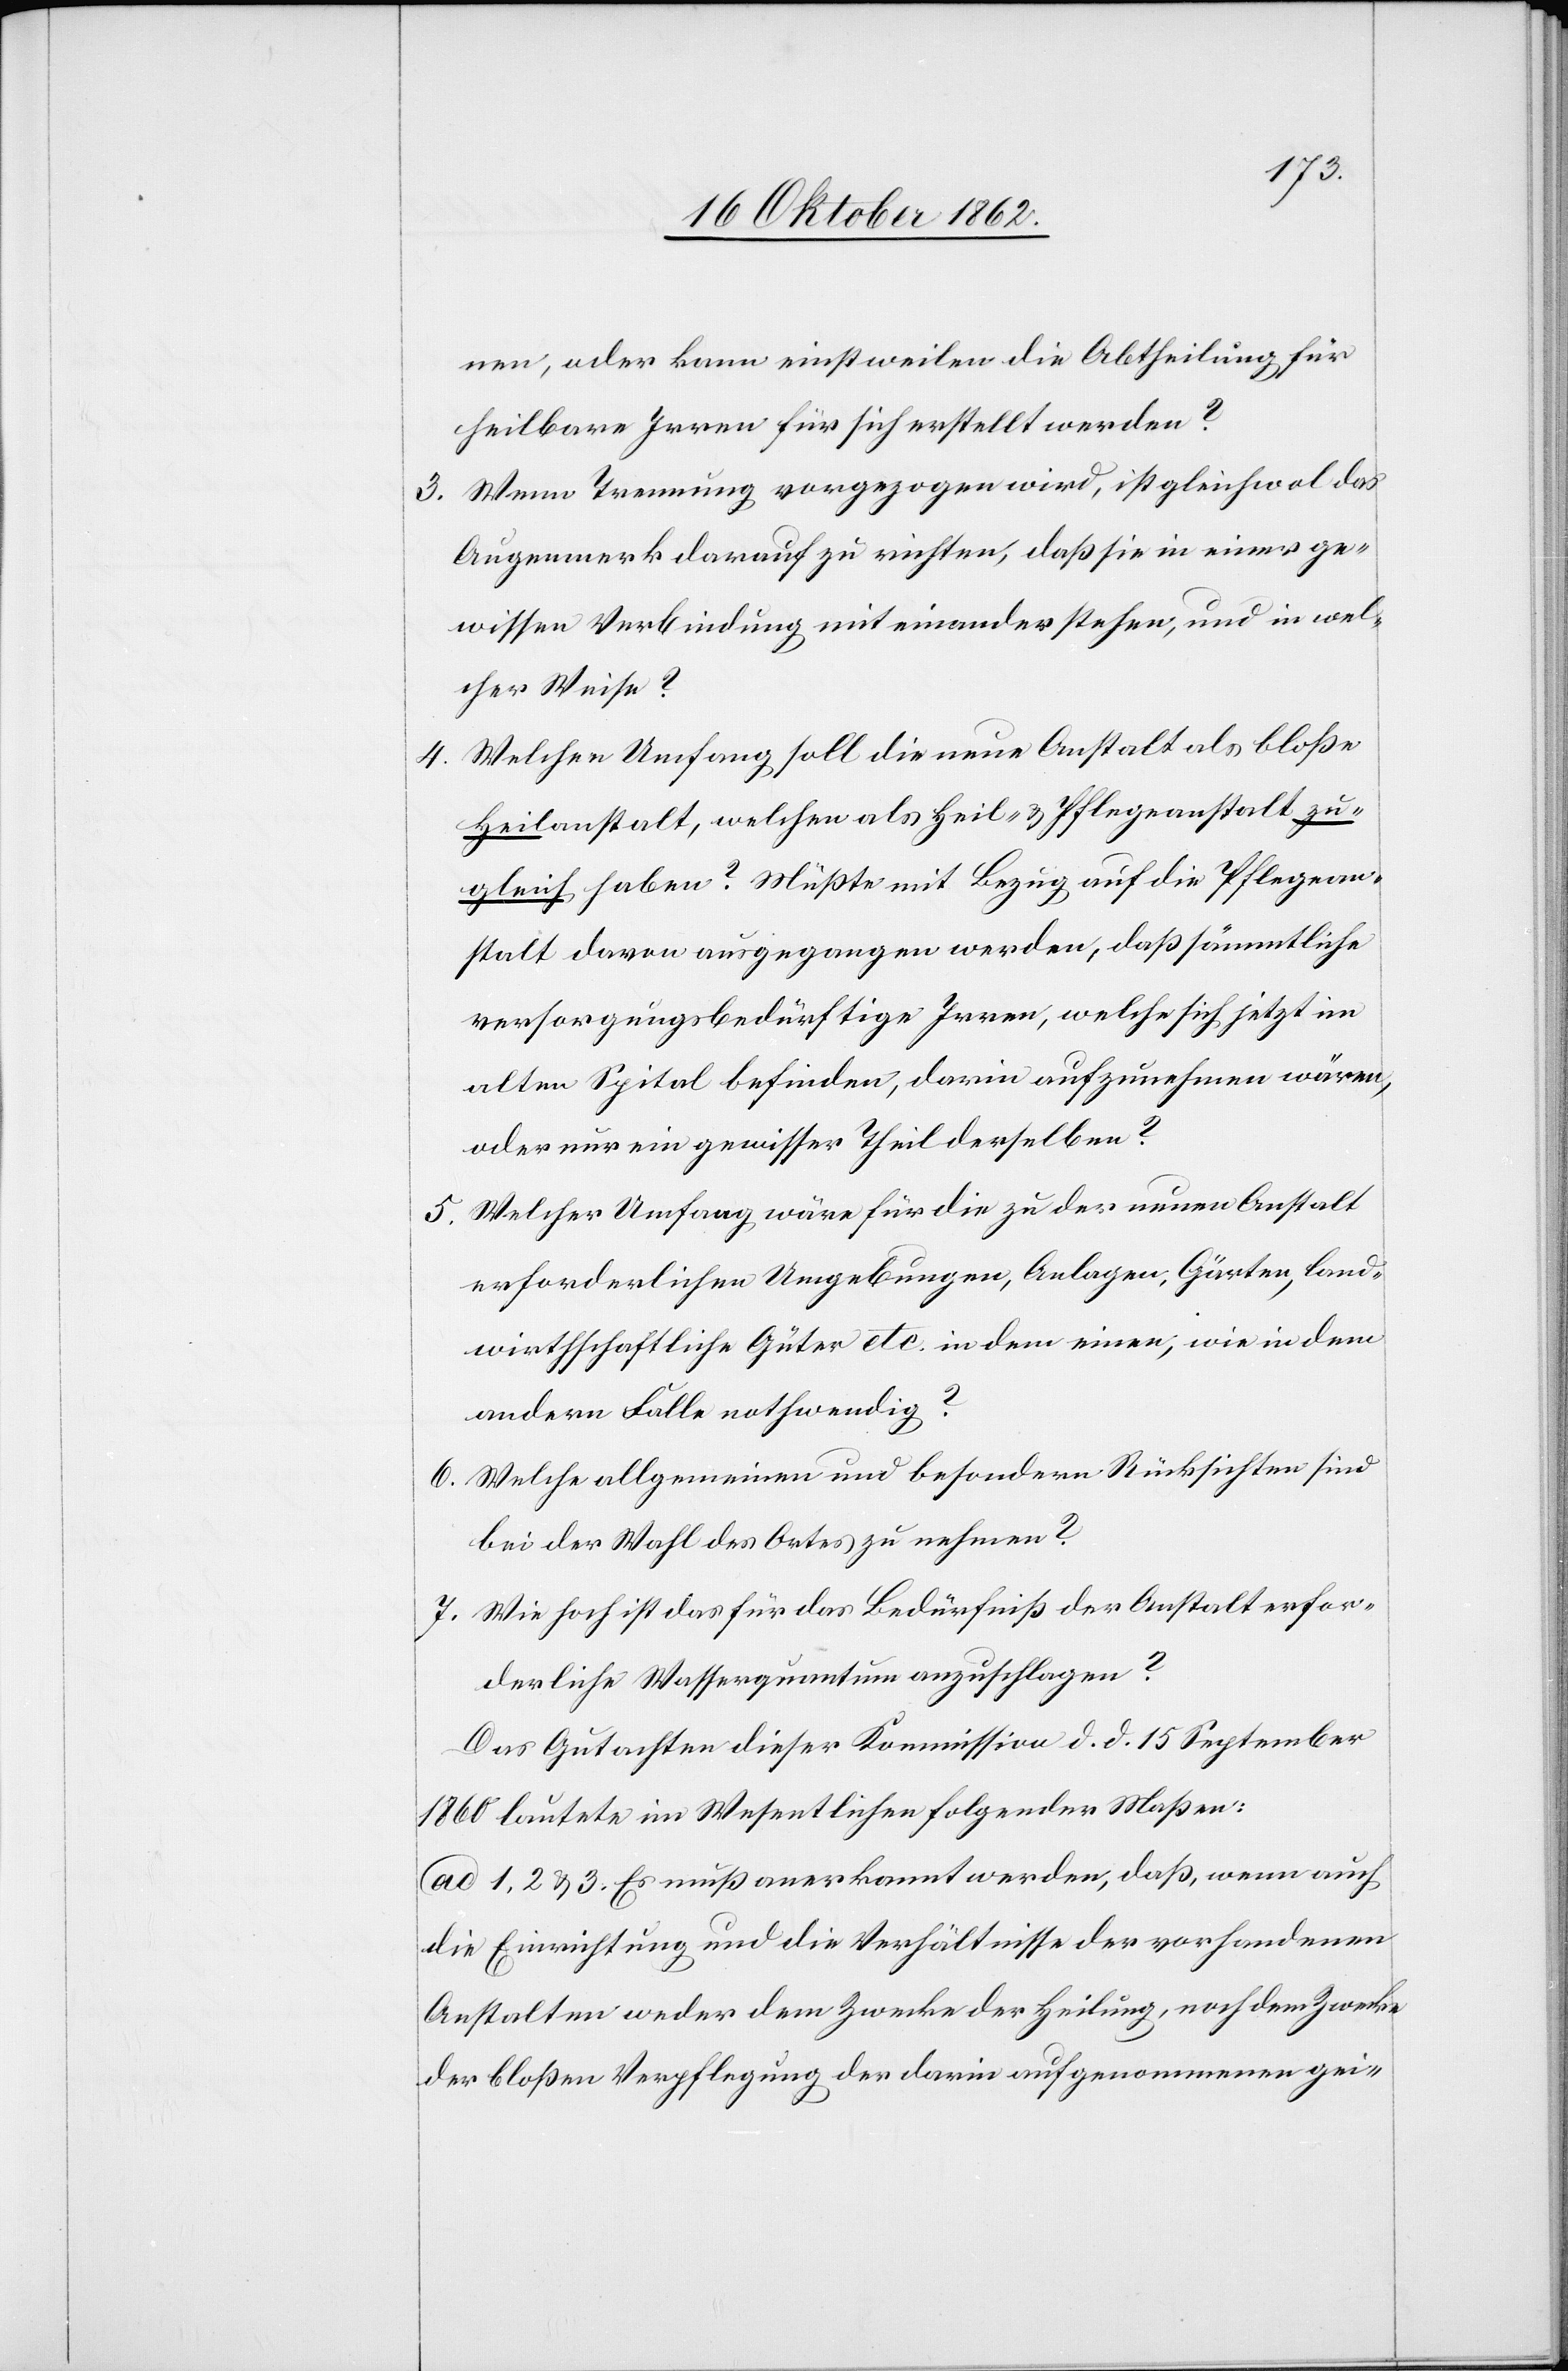
nen, oder kann einstweilen die Abtheilung für
heilbare Irren für sich erstellt werden?
3. Wenn Trennung vorgezogen wird, mit gleichwol das
Augenmerk darauf zu richten, daß sie in einer ge¬
wissen Verbindung mit einander stehen, und in wel¬
cher Weise?
4. Welcher Umfang soll die neue Anstalt als bloße
Heilanstalt, welchen als Heil- u. Pflegeanstalt zu¬
gleich haben? Müßte mit Bezug auf die Pflegean¬
stalt davon ausgegangen werden, daß sämmtliche
versorgungsbedürftige Irren, welche sich jetzt im
alten Spital befinden, darin aufzunehmen wären,
oder nur ein gewisser Theil derselben?
5. Welcher Umfang wäre für die zu der neuen Anstalt
erforderlichen Umgebungen, Anlagen, Gärten, land¬
wirthschaftliche Güter etc. in dem einen, wie in dem
andern Falle nothwendig?
6. Welche allgemeinen und besondern Rücksichten sind
bei der Wahl des Ortes zu nehmen?
7. Wie hoch ist das für das Bedürfniß der Anstalt erfor¬
derliche Wasserquantum anzuschlagen?
Das Gutachten dieser Kommission d. d. 15. September
1860 lautete im Wesentlichen folgender Maßen:
ad 1, 2, u. 3. Es muß anerkannt werden, daß, wenn auch
die Einrichtung und die Verhältnisse der vorhandenen
Anstalten weder dem Zwecke der Heilung, noch dem Zwecke
der bloßen Verpflegung der darin aufgenommenen Gei-